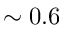
\sim 0 . 6